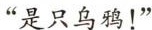
”是只乌鸦！”